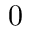
0